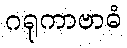
ဂရုကာဗာဓံ